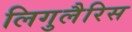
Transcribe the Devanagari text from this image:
लिगुलैरिस